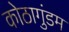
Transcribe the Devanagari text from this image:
कोठागुंडम